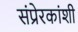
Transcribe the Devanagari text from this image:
संप्रेरकांशी